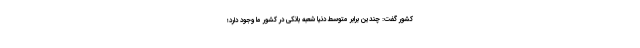
کشور گفت: چندین برابر متوسط دنیا شعبه بانکی در کشور ما وجود دارد؛